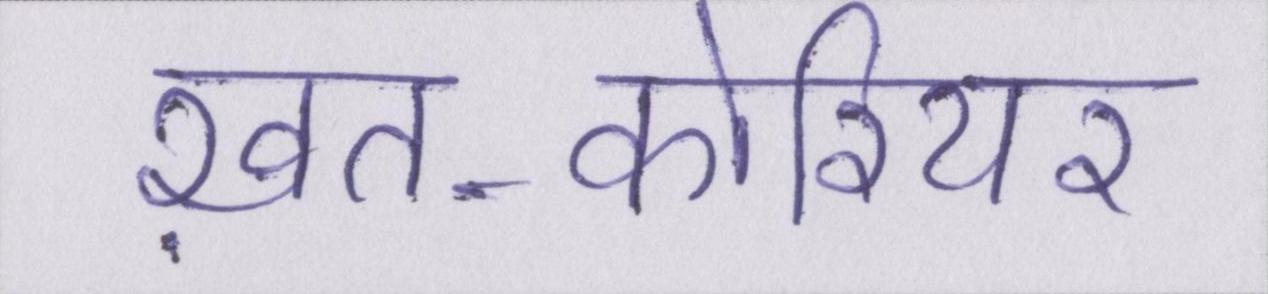
ख़त-कोरियर